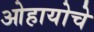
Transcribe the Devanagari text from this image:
ओहायोचे